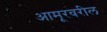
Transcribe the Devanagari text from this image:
आमूरवरील